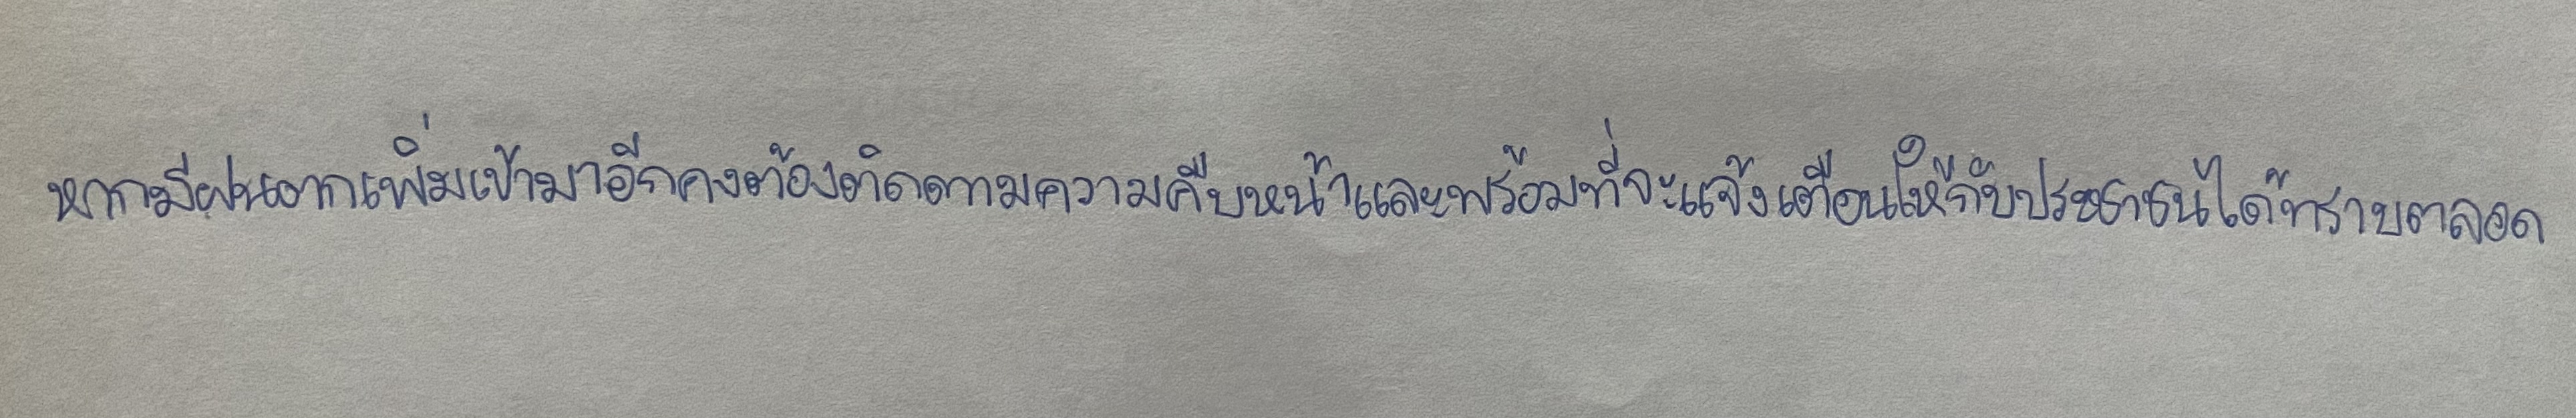
หากมีฝนตกเพิ่มเข้ามาอีกคงต้องติดตามความคืบหน้าและพร้อมที่จะแจ้งเตือนให้กับประชาชนได้ทราบตลอด